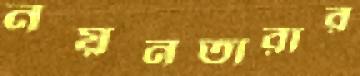
নয়নতারার